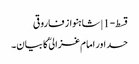
قسط-1 | شاہنواز فاروقی
حسد اور امام غزالیؒ کا بیان۔